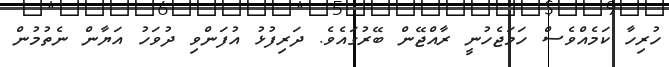
ހުރިހާ ކަމެއްވެސް ހަމަޖެހުނީ ރާއްޖޭން ބޭރުގައެވެ. ދަރިފުޅު އުފަންވި ދުވަހު އަޔާން ނެތުމުން